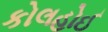
કોલહોઈ